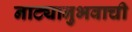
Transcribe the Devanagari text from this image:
नाट्यानुभवाची